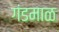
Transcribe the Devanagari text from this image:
गंडमाळ